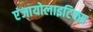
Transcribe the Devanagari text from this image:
एंजायोलाइटिक्स